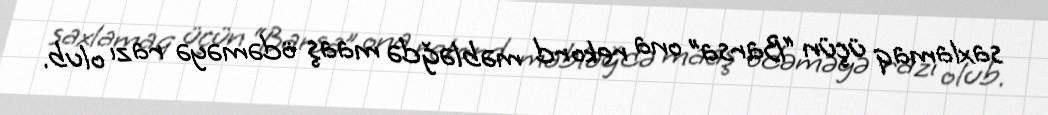
saxlamaq üçün “Barsa” ona rekord məbləğdə maaş ödəməyə razı olub.